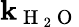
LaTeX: \mathbf{k}_{\mathrm{{~H~}}_{2}\mathrm{{~O~}}}